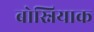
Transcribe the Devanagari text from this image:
बोस्नियाक